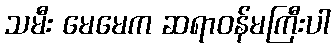
သမီး မေမေက ဆရာဝန်မကြီးပါ